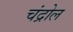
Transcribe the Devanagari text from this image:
चंद्रोल